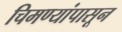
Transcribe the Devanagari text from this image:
चिमण्यांपासून